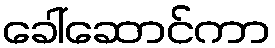
ခေါ်ဆောင်ကာ